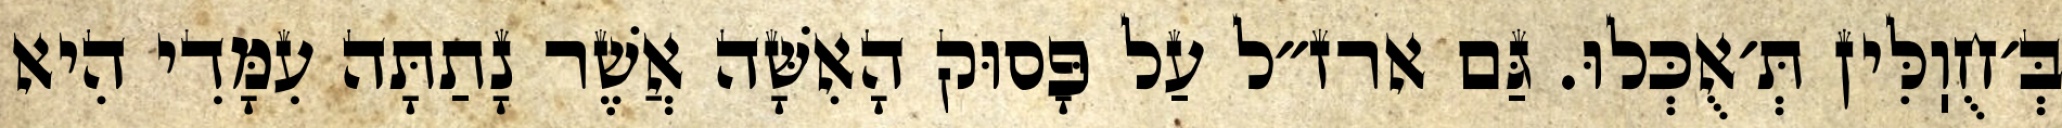
בְּ׳חֻוֽלִּין תְּ׳אֻכְּלוּ. גַּם ארז״ל עַל פָּסוּק הָאִשָּׁה אֲשֶׁר נָתַתָּה עִמָּדִי הִיא